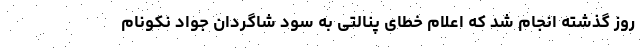
روز گذشته انجام شد که اعلام خطای پنالتی به سود شاگردان جواد نکونام